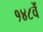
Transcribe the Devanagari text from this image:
१४८वें